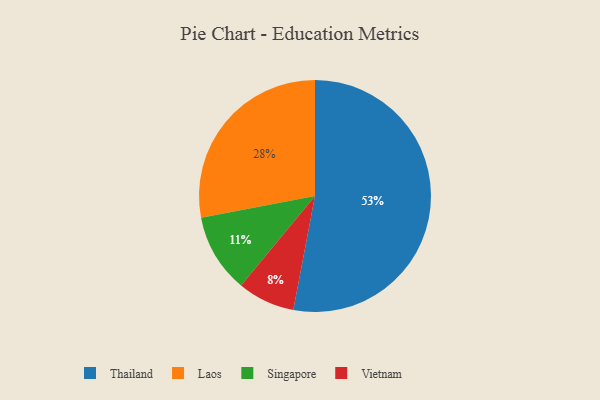
{"axis": {"x": "Category", "y": "Percentage"}, "legend": ["Laos", "Singapore", "Thailand", "Vietnam"], "data": [{"x": "Thailand", "y": 53, "type": "Thailand"}, {"x": "Singapore", "y": 11, "type": "Singapore"}, {"x": "Vietnam", "y": 8, "type": "Vietnam"}, {"x": "Laos", "y": 28, "type": "Laos"}]}